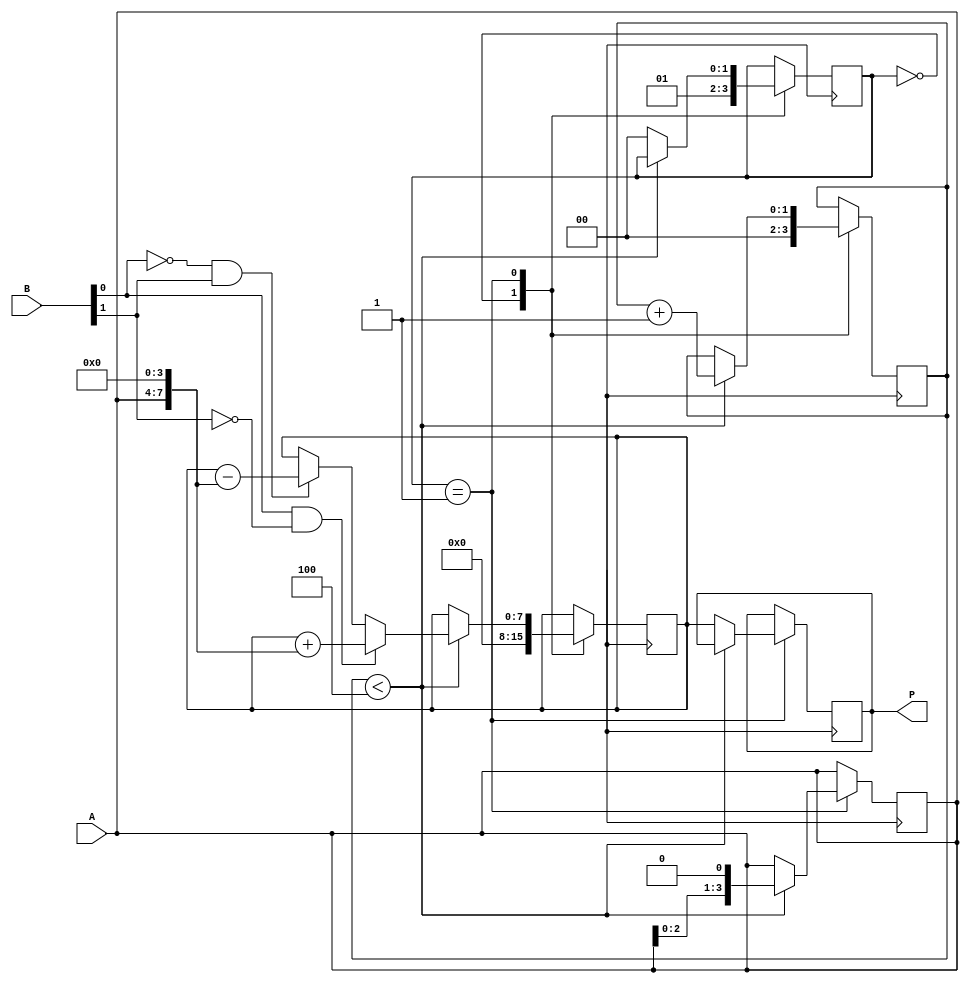
module booth_multiplier (
  input [3:0] A,
  input [3:0] B,
  output reg [7:0] P
);

reg [3:0] A_shift;
reg [7:0] partial_product;
reg [1:0] count;
reg sign;
reg [1:0] state;

always @ (A or B) begin
  if (B[3] & ~B[2]) begin
    A_shift <= {A[3], A};
  end else if (~B[3] & B[2]) begin
    A_shift <= {A[3], A};
  end else begin
    A_shift <= A;
  end
end

always @(posedge clk) begin
  case (state)
    2'b00: begin
      count <= 2'b00;
      sign <= B[3];
      partial_product <= 8'b0;
      state <= 2'b01;
    end
    2'b01: begin
      if (count < 4) begin
        if (B[0] & ~B[1]) begin
          partial_product <= partial_product + {A_shift, 4'b0};
        end else if (~B[0] & B[1]) begin
          partial_product <= partial_product - {A_shift, 4'b0};
        end
        A_shift <= A_shift << 1;
        count <= count + 1;
      end else begin
        state <= 2'b00;
        P <= {sign, partial_product[7:0]};
      end
    end
  endcase
end

endmodule